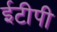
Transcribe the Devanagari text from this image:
ईटीपी